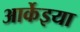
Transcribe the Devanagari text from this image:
आर्केइया